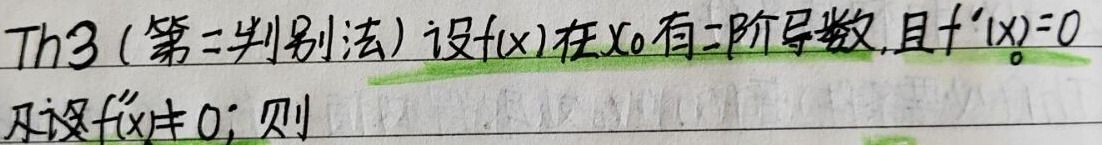
Th3 (第二判别法) 设\(f(x)\)在\(x_0\)有二阶导数,且\(f^{\prime}(x_{0}) = 0\)
及设\(f^{\prime\prime}(x)\neq 0\)；则